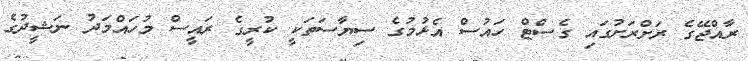
ރާއްޖޭގެ ރަށްރަށުގައި ގެސްޓް ހައުސް އެޅުމުގެ ސިޔާސަތަކީ ކުރީގެ ރައީސް މުހައްމަދު ނަޝީދުގެ